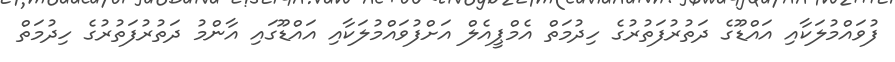
ފުވައްމުލަކާއި އައްޑޫގެ ދަތުރުފަތުރުގެ ހިދުމަތް އެމްޕީއެލް އަށްފުވައްމުލަކާއި އައްޑޫގައި އާންމު ދަތުރުފަތުރުގެ ހިދުމަތް